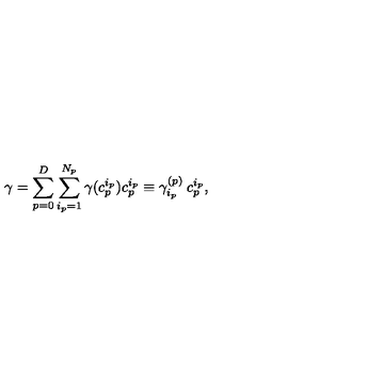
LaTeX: \gamma = \sum _ { p = 0 } ^ { D } \sum _ { i _ { p } = 1 } ^ { N _ { p } } \gamma ( c _ { p } ^ { i _ { p } } ) c _ { p } ^ { i _ { p } } \equiv \gamma _ { i _ { p } } ^ { ( p ) } \: c _ { p } ^ { i _ { p } } ,